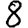
Digit: 8